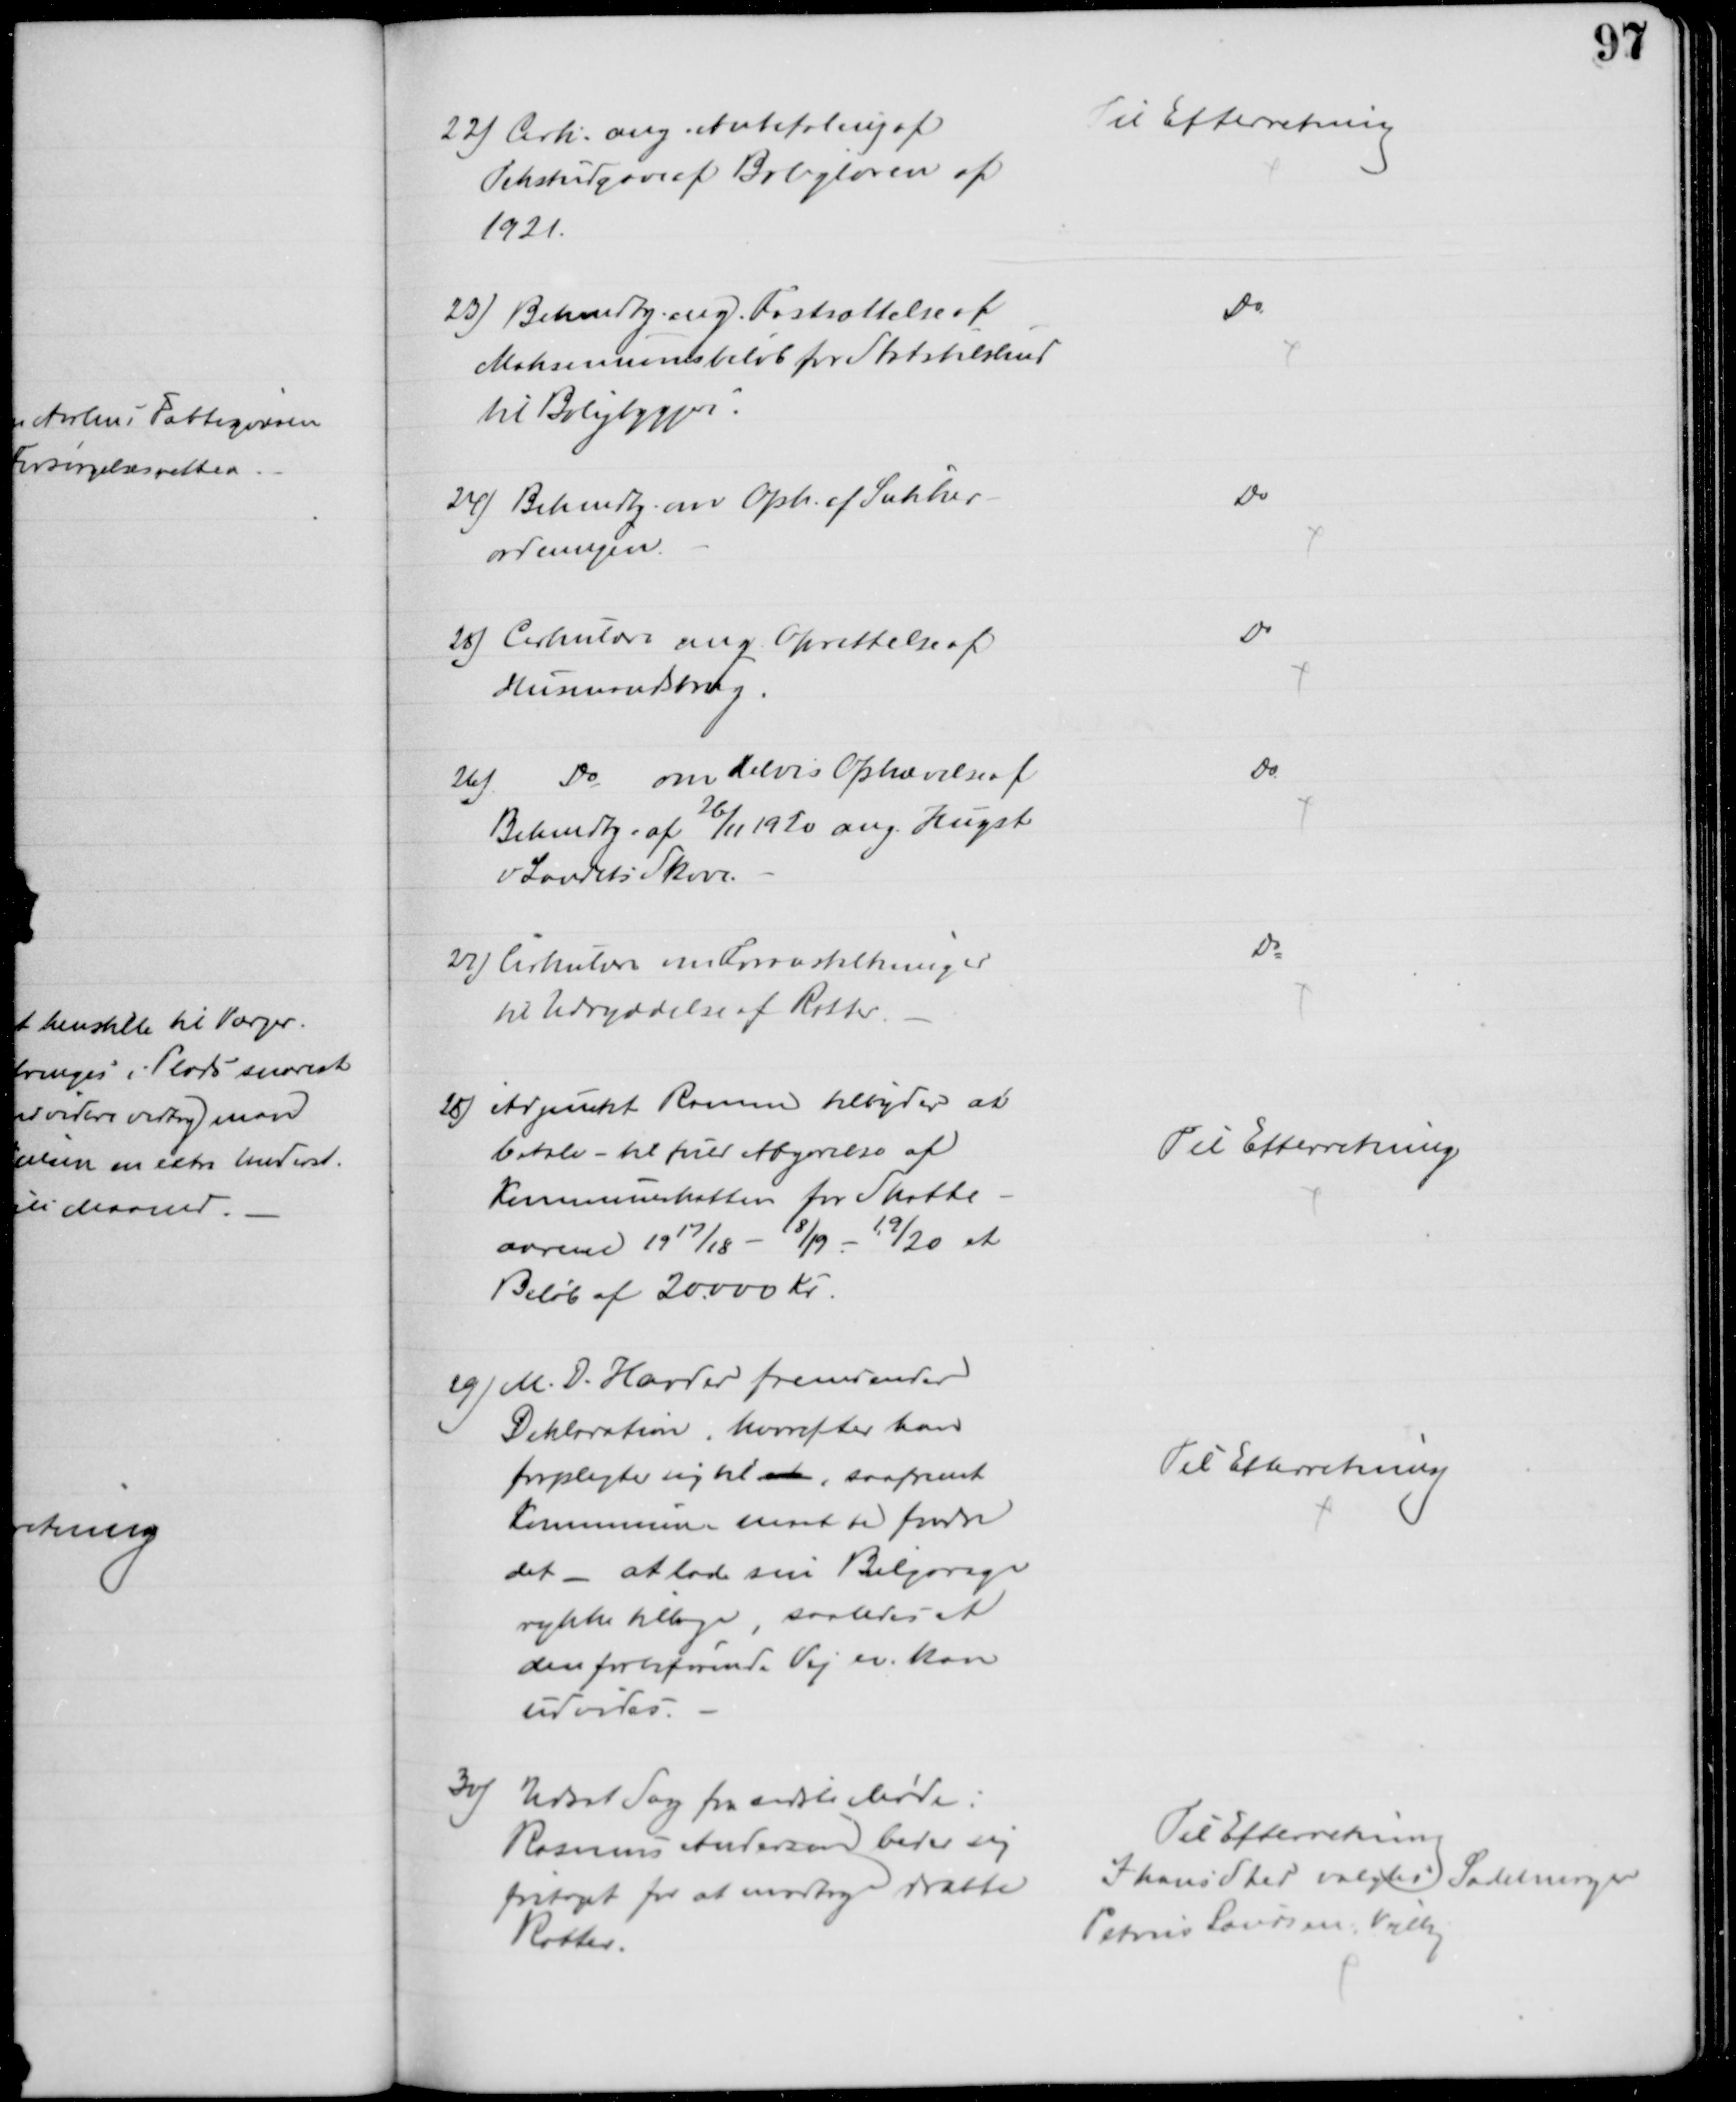
Transskription:
22) Cirk. ang. Anbefaling af
Tekstudgave af Boligloven af
1921.
Til Efterretning
23) Bekendtg. ang. Fastsættelse af
Maksimumsbeløb for Statstilskud
til Boligbyggeri.
Do
24) Bekendtg. om Oph. af Sukker-
ordningen.
Do
25) Cirkulære ang. Oprettelse af
Husmandsbrug.
Do
26). Do om delvis Ophævelse af
Bekendtg. af 26/11 1920 ang. Hugst
v Landets Skove.
Do
27) Cirkulære om Foranstaltninger
til Udryddelse af Rotter.
Do
28) Adjunkt Ramm tilbyder at
betale - til fuld Afgørelse af
Kommuneskatten for Skatte
aarene 1917/18 - 18/19 - 19/20 et
Beløb af 20000 Kr.
Til Efterretning
29) M. D. Harder fremsender
Deklaration, hvorefter han
forpligter sig til at, saafremt
Kommunen maatte fordre
det - at lade sin Bilgarage
rykke tilbage, saaledes at
den forbiførende Vej nu kan
udvides.
Til Efterretning
30) Udsat Sag fra sidste Møde:
Rasmus Andersen beder sig
fritaget for at modtage dræbte
Rotter.
Til Efterretning
I hans Sted valgtes Sadelmager
Petrus Laursen, Vejlby